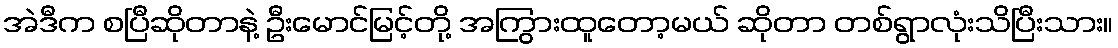
အဲဒီက စပြီဆိုတာနဲ့ ဦးမောင်မြင့်တို့ အကြွားထူတော့မယ် ဆိုတာ တစ်ရွာလုံးသိပြီးသား။